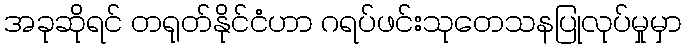
အခုဆိုရင် တရုတ်နိုင်ငံဟာ ဂရပ်ဖင်းသုတေသနပြုလုပ်မှုမှာ